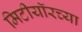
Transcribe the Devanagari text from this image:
मिटीयॉरच्या